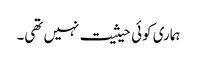
ہماری کوئی حیثیت نہیں تھی۔